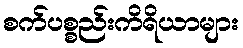
စက်ပစ္စည်းကိရိယာများ